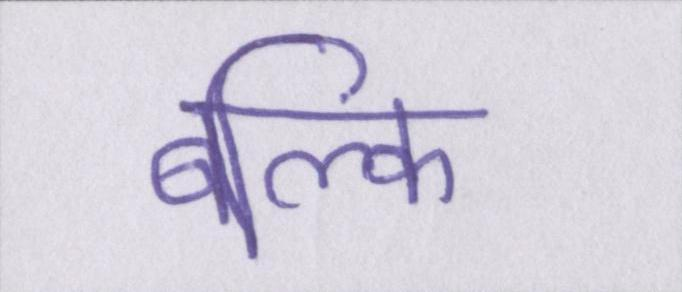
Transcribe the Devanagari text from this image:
बल्कि